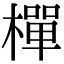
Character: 樿